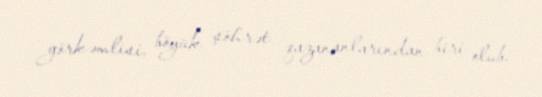
görkəmlisi, böyük şöhrət qazananlarından biri olub.